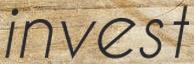
invest